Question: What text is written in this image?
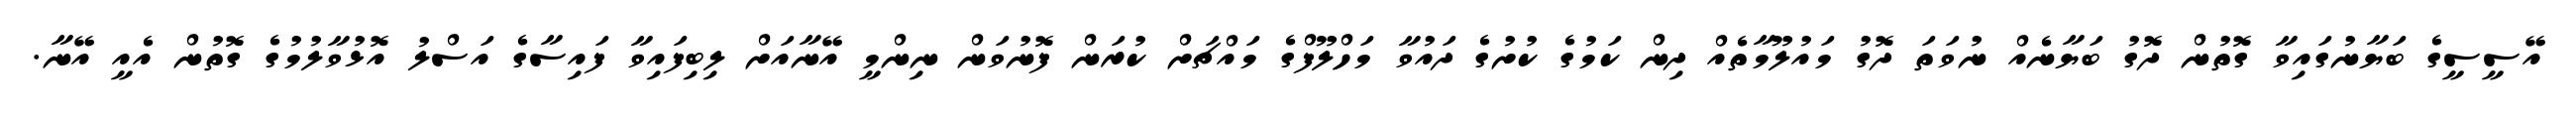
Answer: އޭސީސީގެ ބަޔާނުގައިވާ ގޮތުން ދޮގު ބަޔާނެއް ނުވަތަ ދޮގު މައުލޫމާތެއް ދިން ކަމުގެ ކުށުގެ ދައުވާ މަހްލޫފްގެ މައްޗަށް ކުރަން ފޮނުވަން ނިންމީ އޭނާއަށް ލިބިފައިވާ ފައިސާގެ އަސްލު އޮޅުވާލުމުގެ ގޮތުން އެއީ އޭނާ.